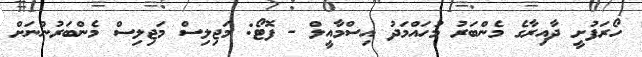
ހޯރަފުށީ ދާއިރާގެ މެންބަރު މުހައްމަދު އިސްމާއީލް - ފޮޓޯ: މަޖިލިސް މަޖިލިސް މެންބަރުންނަށް